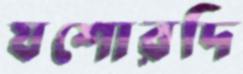
যশোরদি